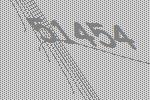
51454